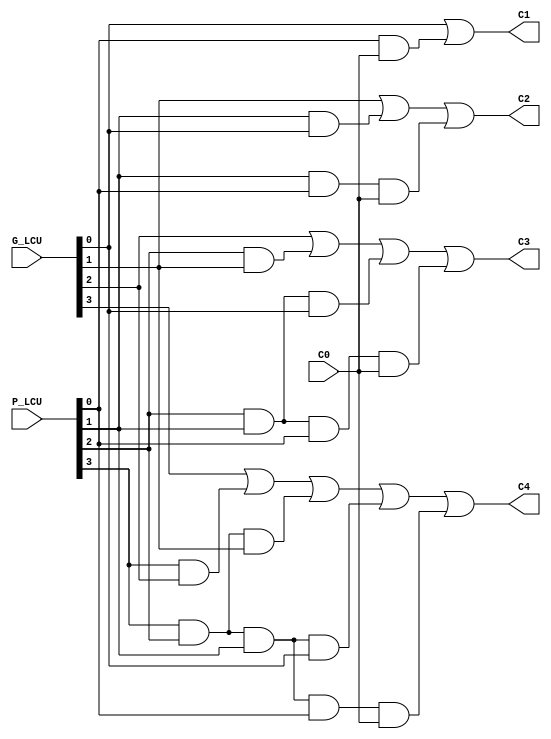
`timescale 1ns / 1ps
//////////////////////////////////////////////////////////////////////////////////
//Verilog Assignment-1
//Question 2
//Group 81
//Group members:
//Soni Aditya Bharatbhai 20CS10060
//Anand Manojkumar Parikh 20CS10007
//////////////////////////////////////////////////////////////////////////////////
/*
LCU takes as input the block generate and block propagate values in array G and P respectively
C0 is the input carry of the CLA 16-bit adder
Using these block propagate, block generate and carry-in values we compute the carry values for all the 3 CLA-4-bit adders and
we also compute the output carry we obtain on addition of the two 16-bit numbers

Boolean logic:
	C1 = G0 + P0C0
	C2 = G1 + P1G0 + P1P0C0
	C3 = G2 + P2G1 + P2P1G0 + P2P1P0C0
	C4 = G3 + P3G2 + P3P2G1 + P3P2P1G0 + P3P2P1P0C0
	
	where Pi = P_LCU[i], Gi = G_LCU[i] for i = 0,1,2,3
*/

module LCU_4_to_16(input [3:0] P_LCU , input [3:0] G_LCU , input C0 ,  output C1 , output C2 , output C3 , output C4);

assign C1 = (G_LCU[0]) | (P_LCU[0] & C0) ;
assign C2 = (G_LCU[1]) | (P_LCU[1] & G_LCU[0]) | (P_LCU[1] & P_LCU[0] & C0) ;
assign C3 = (G_LCU[2]) | (P_LCU[2] & G_LCU[1]) | (P_LCU[2] & P_LCU[1] & G_LCU[0]) | (P_LCU[2] & P_LCU[1] & P_LCU[0] & C0) ;
assign C4 = (G_LCU[3]) | (P_LCU[3] & G_LCU[2]) | (P_LCU[3] & P_LCU[2] & G_LCU[1]) | (P_LCU[3] & P_LCU[2] & P_LCU[1] & G_LCU[0]) | (P_LCU[3] & P_LCU[2] & P_LCU[1] & P_LCU[0] & C0);

endmodule